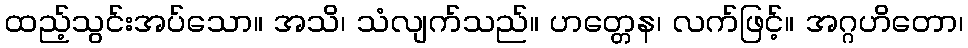
ထည့်သွင်းအပ်သော။ အသိ၊ သံလျက်သည်။ ဟတ္တေန၊ လက်ဖြင့်။ အဂ္ဂဟိတော၊